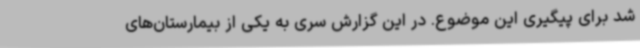
شد برای پیگیری این موضوع. در این گزارش سری به یکی از بیمارستان‌های